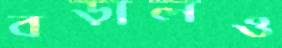
বড়ালও